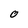
Character: 0